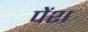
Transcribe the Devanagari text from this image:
पेंश